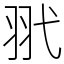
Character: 𦏵